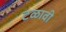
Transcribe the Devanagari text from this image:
टळावी